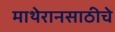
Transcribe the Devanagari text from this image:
माथेरानसाठीचे